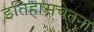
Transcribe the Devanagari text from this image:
इतिहासचेतना